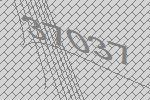
37037